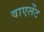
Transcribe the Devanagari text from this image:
वाएलेंट